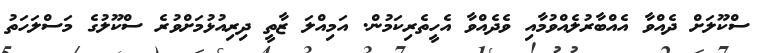
ސްކޫލަށް ދެއްވާ އެއްބާރުލެއްވުމާއި ވެދެއްވާ އެހީތެރިކަމުން. އަމިއްލަ ޒާތީ ދިރިއުޅުމަށްވުރެ ސްކޫލުގެ މަސްލަހަތު